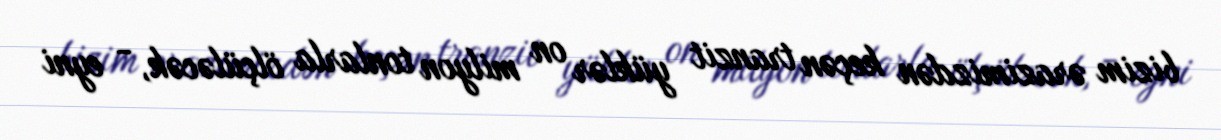
bizim ərazimizdən keçən tranzit yüklər on milyon tonlarla ölçüləcək, - eyni